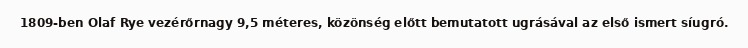
1809-ben Olaf Rye vezérőrnagy 9,5 méteres, közönség előtt bemutatott ugrásával az első ismert síugró.